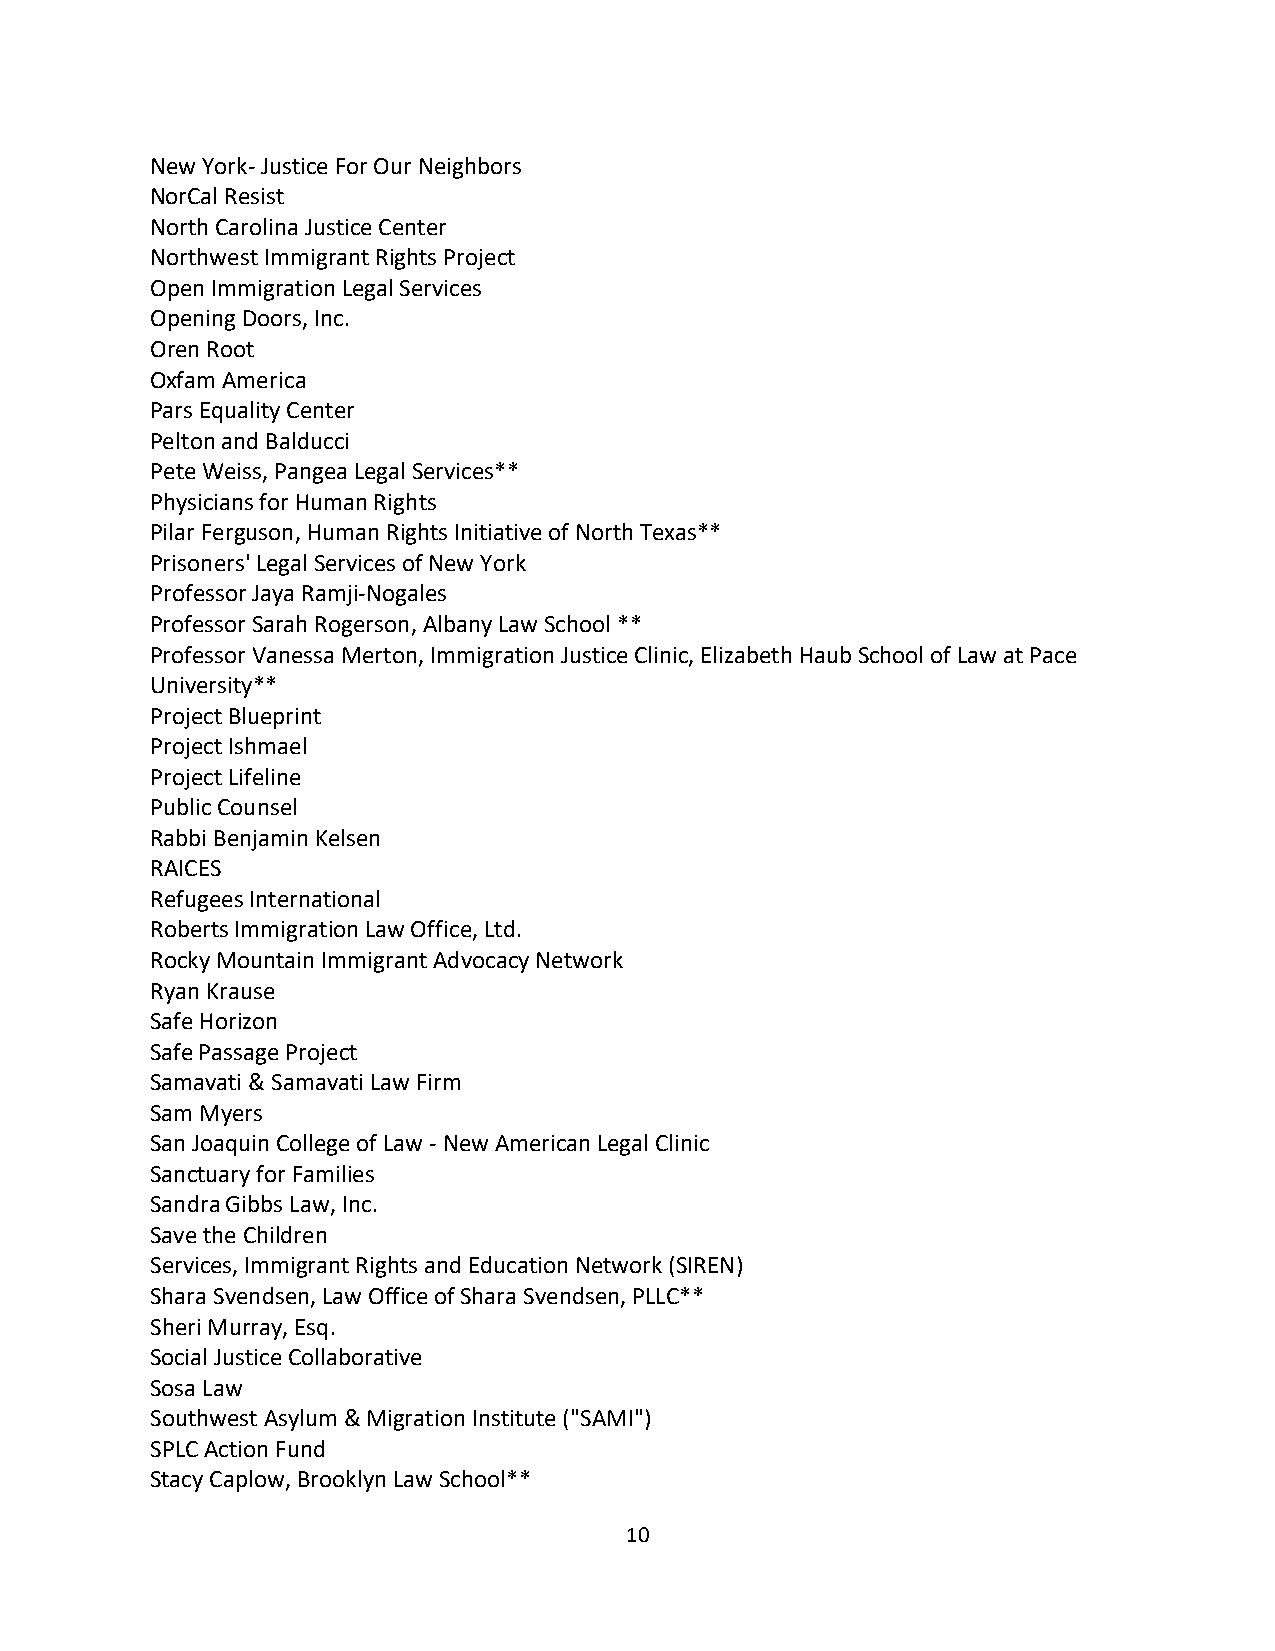
New York- Justice For Our Neighbors
 NorCal Resist
 North Carolina Justice Center
 Northwest Immigrant Rights Project
 Open Immigration Legal Services
 Opening Doors, Inc.
 Oren Root
 Oxfam America
 Pars Equality Center
 Pelton and Balducci
 Pete Weiss, Pangea Legal Services**
 Physicians for Human Rights
 Pilar Ferguson, Human Rights Initiative of North Texas**
 Prisoners' Legal Services of New York
 Professor Jaya Ramji-Nogales
 Professor Sarah Rogerson, Albany Law School **
 Professor Vanessa Merton, Immigration Justice Clinic, Elizabeth Haub School of Law at Pace
 University**
 Project Blueprint
 Project Ishmael
 Project Lifeline
 Public Counsel
 Rabbi Benjamin Kelsen
 RAICES
 Refugees International
 Roberts Immigration Law Office, Ltd.
 Rocky Mountain Immigrant Advocacy Network
 Ryan Krause
 Safe Horizon
 Safe Passage Project
 Samavati & Samavati Law Firm
 Sam Myers
 San Joaquin College of Law - New American Legal Clinic
 Sanctuary for Families
 Sandra Gibbs Law, Inc.
 Save the Children
 Services, Immigrant Rights and Education Network (SIREN)
 Shara Svendsen, Law Office of Shara Svendsen, PLLC**
 Sheri Murray, Esq.
 Social Justice Collaborative
 Sosa Law
 Southwest Asylum & Migration Institute ("SAMI")
 SPLC Action Fund
 Stacy Caplow, Brooklyn Law School**
 10